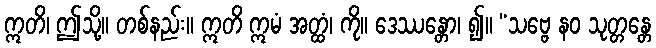
ဣတိ၊ ဤသို့။ တစ်နည်း။ ဣတိ ဣမံ အတ္ထံ၊ ကို။ ဒေဿန္တော၊ ၍။ “သဗ္ဗေ နဝ သုတ္တန္တေ